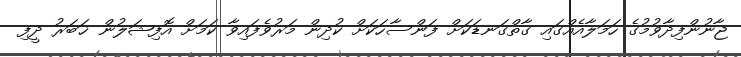
ޖާނުންފިދާވުމުގެ ހަމަލާއެއްގައި ގާތްގަނޑަކަށް ފަންސާހަކަށް ކުދިން މަރުވެފައިވާ ކަމަށް އޮފިޝަލުން ޚަބަރު ދީފި